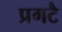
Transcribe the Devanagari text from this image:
प्रगटै